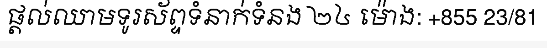
ផ្តល់ឈាមទូរស័ព្ទទំនាក់ទំនង ២៤ ម៉ោង: +855 23/81